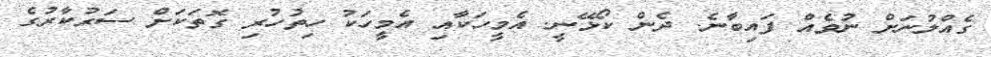
ގެއްލުނަށް ނުވެއް ފައިބާނެ. ދެން ކޯޅޭނީ. އެމީހަކާއި އެމީހަކު ހިތުހުރި ގޮތަކަށް ސަރުކާރުގެ